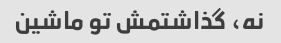
نه، گذاشتمش تو ماشین